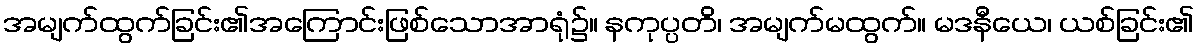
အမျက်ထွက်ခြင်း၏အကြောင်းဖြစ်သောအာရုံ၌။ နကုပ္ပတိ၊ အမျက်မထွက်။ မဒနီယေ၊ ယစ်ခြင်း၏